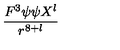
\frac { F ^ { 3 } \psi \psi X ^ { l } } { r ^ { 8 + l } }